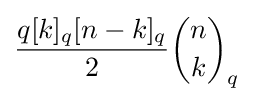
{\frac {q[k]_{q}[n-k]_{q}}{2}}{\binom {n}{k}}_{q}